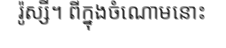
រ៉ូស្សី។ ពីក្នុងចំណោមនោះ